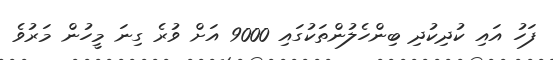
ފަހު އައި ކުދިކުދި ބިންހެލުންތަކުގައި 9000 އަށް ވުރެ ގިނަ މީހުން މަރުވެ